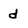
Character: d